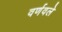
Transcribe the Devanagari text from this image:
वर्णवले